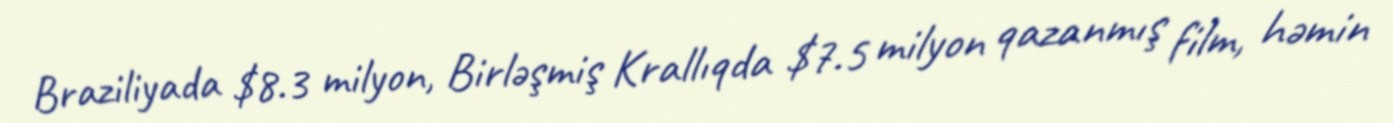
Braziliyada $8.3 milyon, Birləşmiş Krallıqda $7.5 milyon qazanmış film, həmin